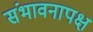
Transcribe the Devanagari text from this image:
संभावनापक्ष